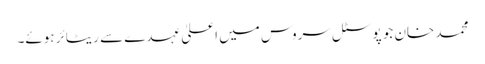
محمد خان جو پوسٹل سروس میں اعلیٰ عہدے سے ریٹائر ہوئے۔